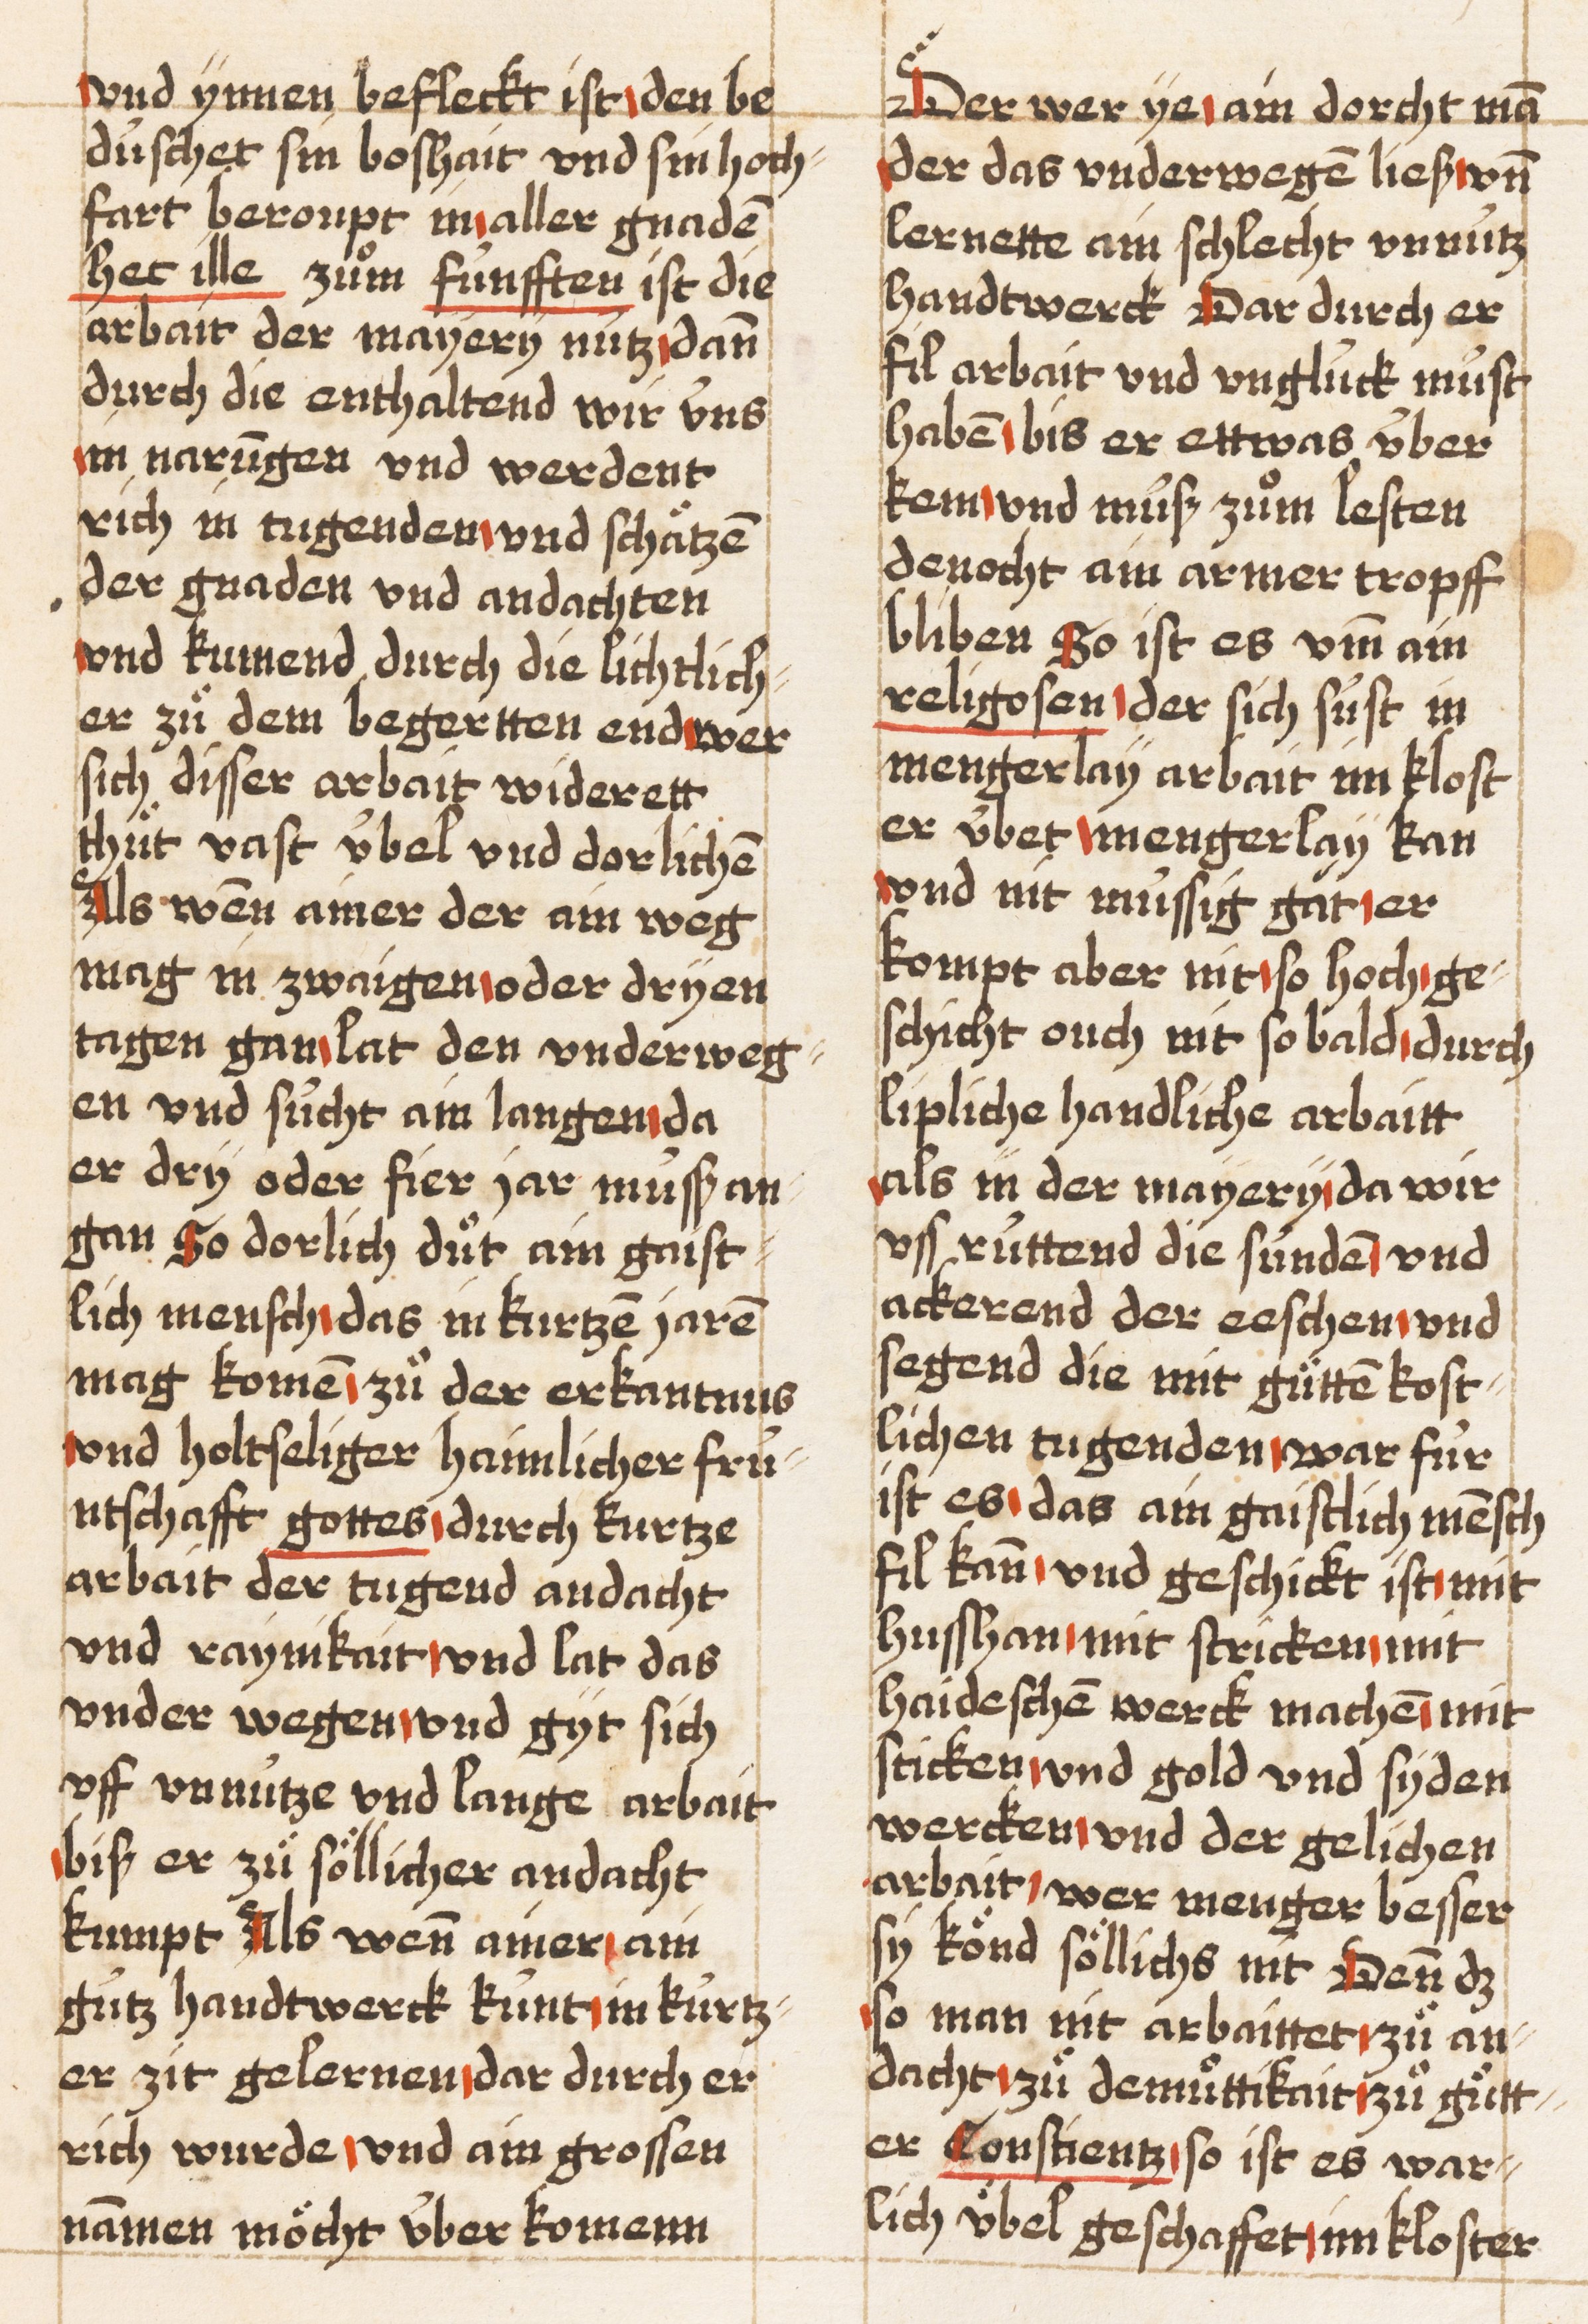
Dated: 1521–1522